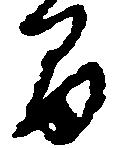
間